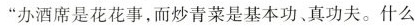
”办酒席是花花事，而炒青菜是基本功、真功夫。什么